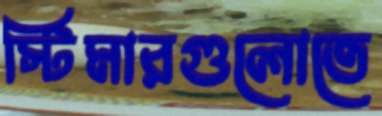
স্টিমারগুলোতে